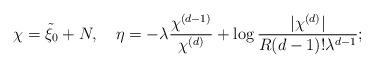
LaTeX: \begin{align*}\chi=\tilde{\xi}_0+N,\quad\eta=-\lambda\frac{\chi^{(d-1)}}{\chi^{(d)}}+\log\frac{|\chi^{(d)}|}{R(d-1)!\lambda^{d-1}};\end{align*}